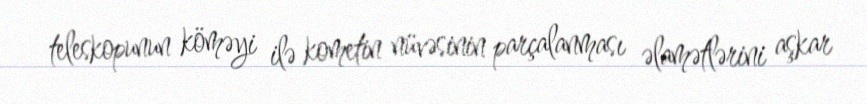
teleskopunun köməyi ilə kometin nüvəsinin parçalanması əlamətlərini aşkar